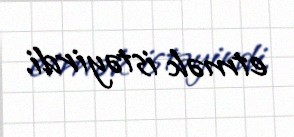
etmək istəyirdi.